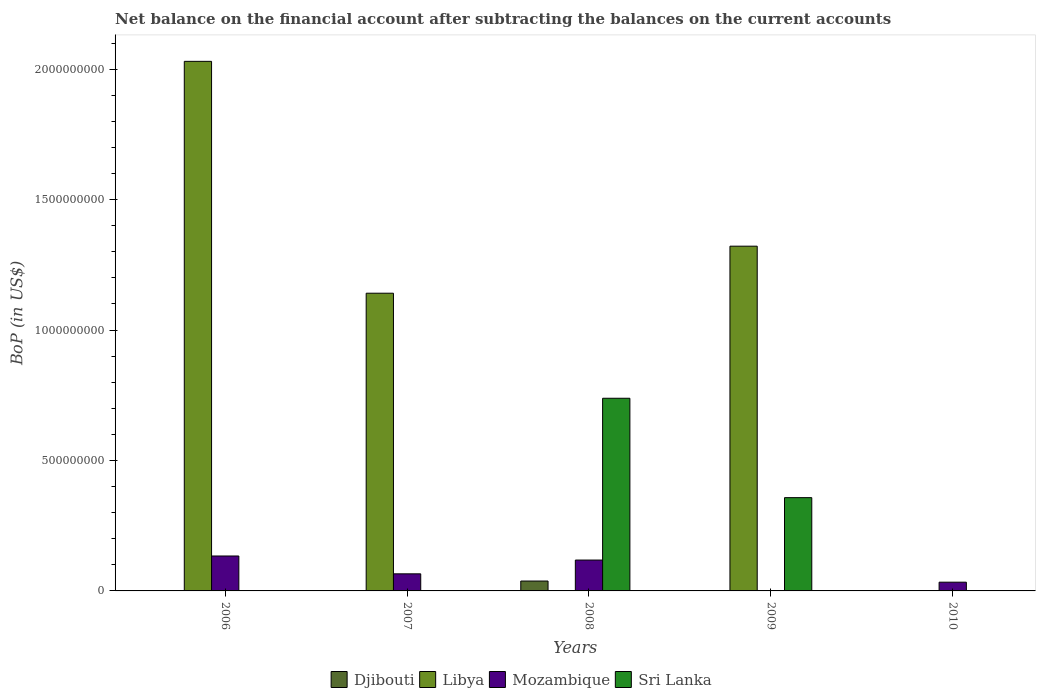
| Years | Djibouti | Libya | Mozambique | Sri Lanka |
 | --- | --- | --- | --- | --- |
 | 2006 | -5.38e+07 | 2.03e+09 | 1.34e+08 | -9.64e+07 |
 | 2007 | -8.22e+07 | 1.14e+09 | 6.55e+07 | -1.55e+08 |
 | 2008 | 3.79e+07 | -1.75e+09 | 1.18e+08 | 7.39e+08 |
 | 2009 | -3.47e+07 | 1.32e+09 | -2.29e+07 | 3.58e+08 |
 | 2010 | -1.23e+08 | -2.14e+09 | 3.35e+07 | -8.67e+08 |